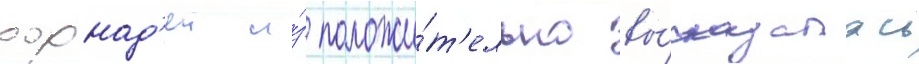
хорнад'еи и́з положи́т'ельно вы́сказалась